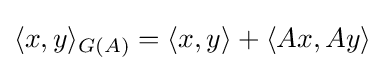
\langle x,y\rangle _{G(A)}=\langle x,y\rangle +\langle Ax,Ay\rangle